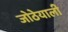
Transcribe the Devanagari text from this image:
जोठेयाली